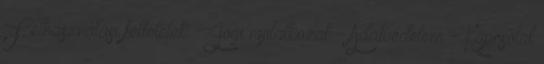
Felhasználási feltételek - Jogi nyilatkozat - Adatvédelem - Kapcsolat